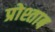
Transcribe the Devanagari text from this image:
प्रोश्ताब